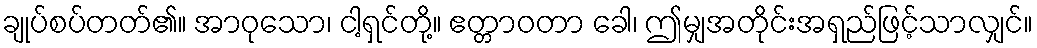
ချုပ်စပ်တတ်၏။ အာဝုသော၊ ငါ့ရှင်တို့။ ဧတ္တာဝတာ ခေါ၊ ဤမျှအတိုင်းအရှည်ဖြင့်သာလျှင်။